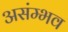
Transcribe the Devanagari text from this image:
असंम्भव